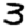
Digit: 3